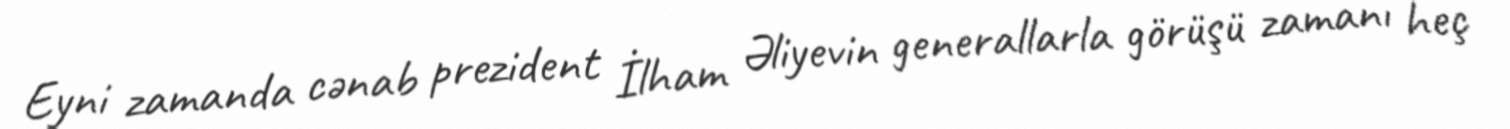
Eyni zamanda cənab prezident İlham Əliyevin generallarla görüşü zamanı heç